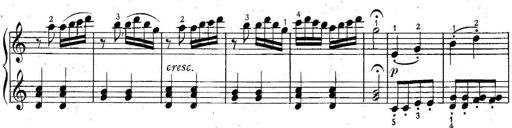
Title: 6 Easy Sonatinas
Composer: Carl Czerny